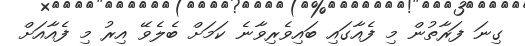
ގިނަ ފަރާތުން މި ފެއާގައި ބައިވެރިވާނެ ކަމަށް ބެލެވޭ އިރު މި ފެއާއަށް